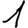
Digit: 1